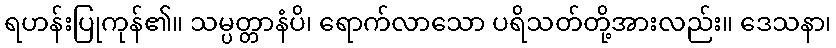
ရဟန်းပြုကုန်၏။ သမ္ပတ္တာနံပိ၊ ရောက်လာသော ပရိသတ်တို့အားလည်း။ ဒေသနာ၊